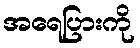
အရေပြားကို